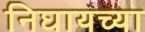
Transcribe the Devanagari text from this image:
निघायच्या